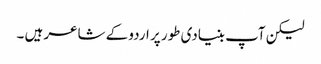
لیکن آپ بنیادی طور پر اردو کے شاعر ہیں ۔